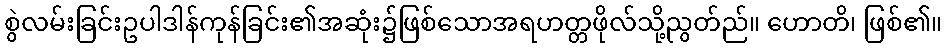
စွဲလမ်းခြင်းဥပါဒါန်ကုန်ခြင်း၏အဆုံး၌ဖြစ်သောအရဟတ္တဖိုလ်သို့ညွတ်ည်။ ဟောတိ၊ ဖြစ်၏။